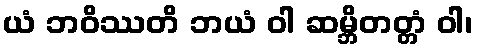
ယံ ဘဝိဿတိ ဘယံ ဝါ ဆမ္ဘိတတ္တံ ဝါ၊